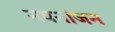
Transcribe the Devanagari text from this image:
नयनांजन